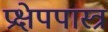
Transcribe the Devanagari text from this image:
प्रक्षेपपास्त्र